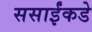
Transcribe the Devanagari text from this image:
ससाईंकडे